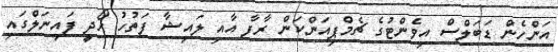
އަންހެން ޑަބަލްސް އިވެންޓުގެ ޗެމްޕިއަންކަން ރާފާ އާއި ލައިޝާ ފަތުހު ހޯދީ ފައިނަލްގައި